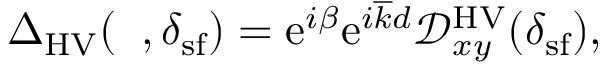
\begin{array} { r } { { \Delta } _ { \mathrm { H V } } ( { \it \Delta \phi } , \delta _ { \mathrm { s f } } ) = \mathrm { e } ^ { i \beta } \mathrm { e } ^ { i \overline { { k } } d } \mathcal { D } _ { x y } ^ { \mathrm { H V } } ( \delta _ { \mathrm { s f } } ) , } \end{array}